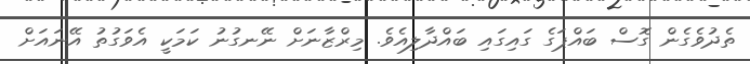
ތެދުވެގެން ގޮސް ބައްޕަގެ ގައިގައި ބައްދާލިއެވެ. މިރްޒާނަށް ނޭނގުނު ކަމަކީ އެވަގުތު އޭނައަށް